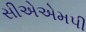
સીએએમપી